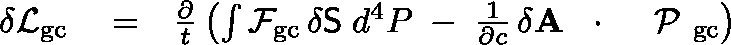
\begin{array} { r l r } { \delta { \cal L } _ { \mathrm { g c } } } & { { } = } & { \frac { \partial } { t } \left( \int { \cal F } _ { \mathrm { g c } } \, \delta { \sf S } \; d ^ { 4 } P \; - \; \frac { 1 } { \partial c } \, \delta { \bf A } \, \mathrm { ~ \boldmath ~ \cdot ~ } \, \mathrm { ~ \boldmath ~ \cal ~ P ~ } _ { \mathrm { g c } } \right) } \end{array}